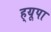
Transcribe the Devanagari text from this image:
ह्‌यूपा